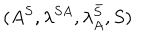
( A ^ { S } , \lambda ^ { S A } , \lambda _ { A } ^ { \bar { S } } , S )